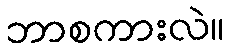
ဘာစကားလဲ။